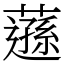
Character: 䕖